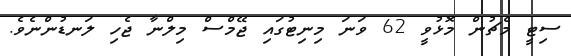
ސިޓީ މެޗުން މޮޅުވީ 62 ވަނަ މިނިޓުގައި ޖޭމްސް މިލްނާ ޖެހި ލަނޑުންނެވެ.